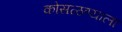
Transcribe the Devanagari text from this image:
कोसळण्याला